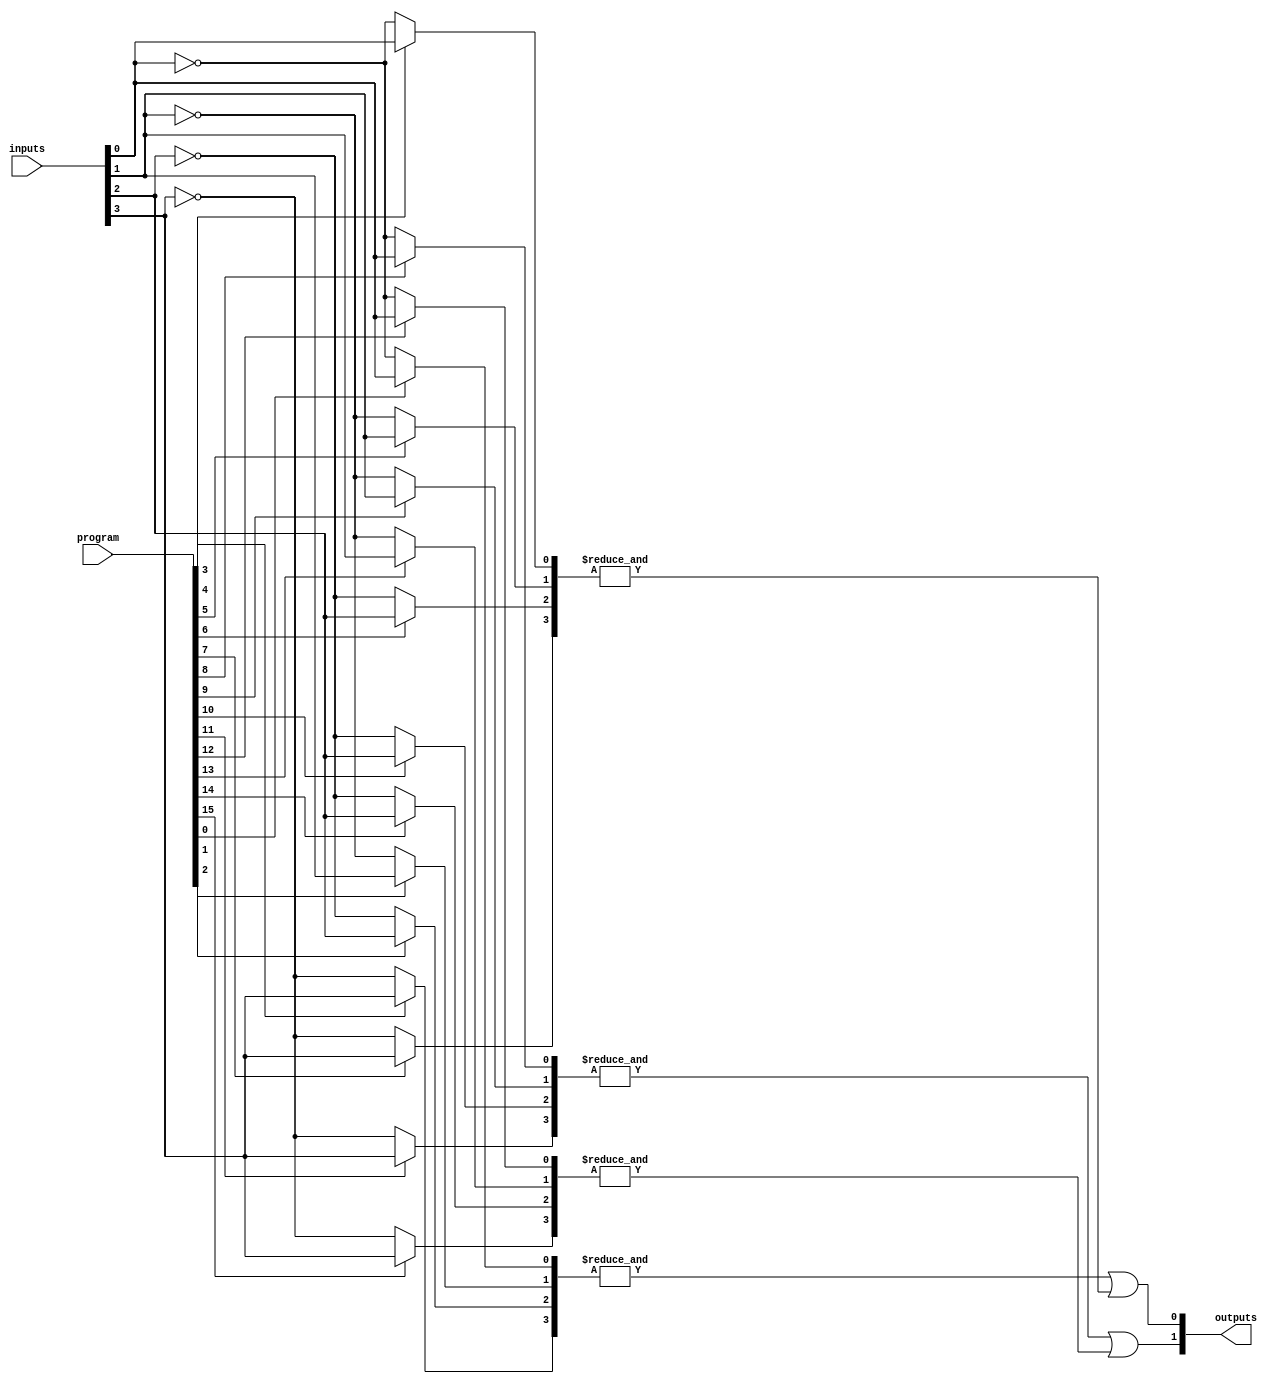
module GPAL #( 
    parameter NUM_AND_GATES = 8, // Number of programmable AND gates
    parameter NUM_OR_GATES = 2,   // Number of fixed OR gates
    parameter NUM_INPUTS = 4      // Number of inputs (A, B, C, D)
)(
    input wire [NUM_INPUTS-1:0] inputs,        // Input lines (A, B, C, D)
    input wire [NUM_AND_GATES*NUM_INPUTS-1:0] program, // Programming connections
    output wire [NUM_OR_GATES-1:0] outputs      // Output lines (F1, F2, ...)
);

// Internal wires for the outputs of the programmable AND gates
wire [NUM_AND_GATES-1:0] and_outputs;

// Generate the programmable AND gates
genvar i, j;
generate
    for (i = 0; i < NUM_AND_GATES; i = i + 1) begin : and_gate
        wire [NUM_INPUTS-1:0] and_input;
        
        // Connect inputs based on programming inputs
        for (j = 0; j < NUM_INPUTS; j = j + 1) begin : input_select
            assign and_input[j] = program[i*NUM_INPUTS + j] ? inputs[j] : ~inputs[j];
        end
        
        // AND gate implementation
        assign and_outputs[i] = &and_input; // AND all inputs
    end
endgenerate

// Fixed OR array implementation
assign outputs[0] = and_outputs[0] | and_outputs[1]; // F1 = AND0 OR AND1
assign outputs[1] = and_outputs[2] | and_outputs[3]; // F2 = AND2 OR AND3

endmodule